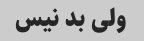
ولی بد نیس